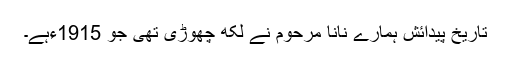
تاریخ پیدائش ہمارے نانا مرحوم نے لکھ چھوڑی تھی جو 1915ءہے۔